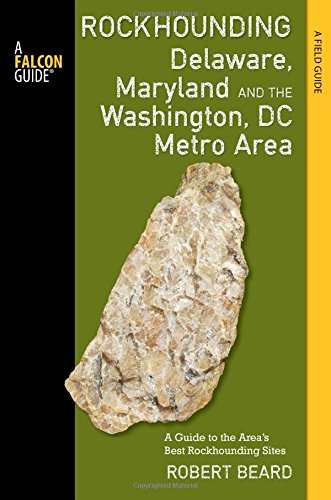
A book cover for Rockhounding Delaware, Maryland, and the Washington, DC Metro Area: A Guide to the Areas' Best Rockhounding Sites (Rockhounding Series); Robert Beard; Science & Math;